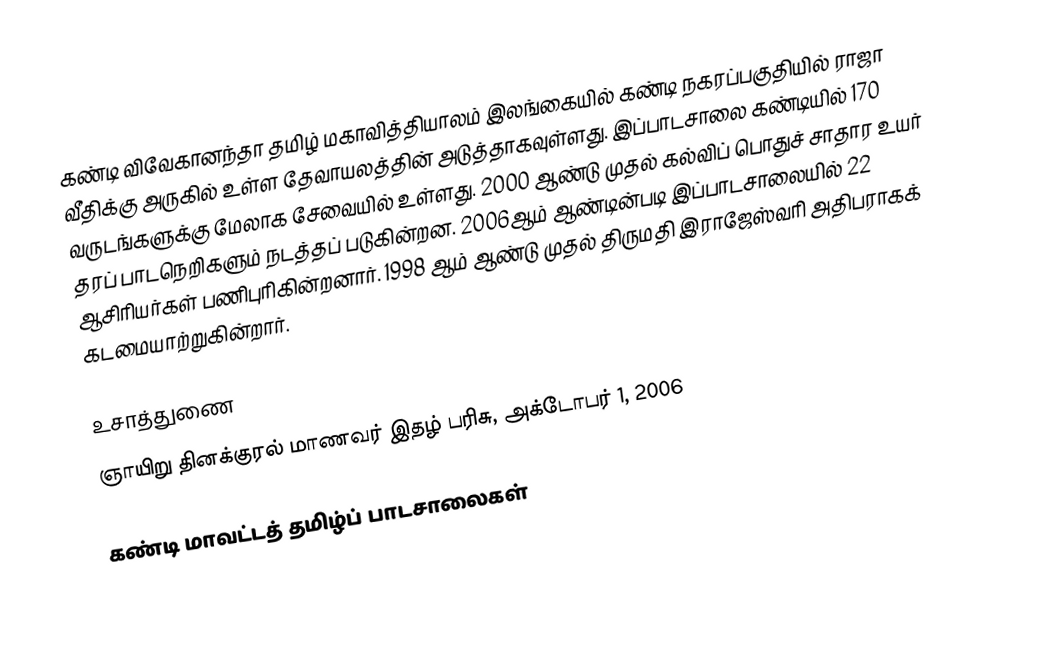
கண்டி விவேகானந்தா தமிழ் மகாவித்தியாலம் இலங்கையில் கண்டி நகரப்பகுதியில் ராஜா வீதிக்கு அருகில் உள்ள தேவாயலத்தின் அடுத்தாகவுள்ளது. இப்பாடசாலை கண்டியில் 170 வருடங்களுக்கு மேலாக சேவையில் உள்ளது. 2000 ஆண்டு முதல் கல்விப் பொதுச் சாதார உயர் தரப் பாடநெறிகளும் நடத்தப் படுகின்றன. 2006ஆம் ஆண்டின்படி இப்பாடசாலையில் 22 ஆசிரியர்கள் பணிபுரிகின்றனார். 1998 ஆம் ஆண்டு முதல் திருமதி இராஜேஸ்வரி அதிபராகக் கடமையாற்றுகின்றார்.

உசாத்துணை
ஞாயிறு தினக்குரல் மாணவர் இதழ் பரிசு,  அக்டோபர் 1, 2006

கண்டி மாவட்டத் தமிழ்ப் பாடசாலைகள்